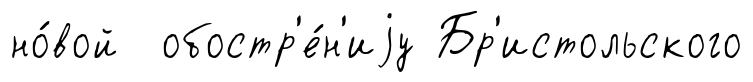
но́вой обостр'е́н'иjу Бр'истольского